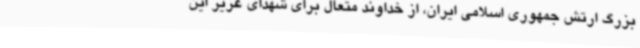
بزرگ ارتش جمهوری اسلامی ایران، از خداوند متعال برای شهدای عزیز این